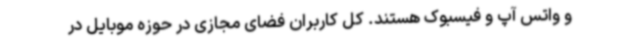
و واتس آپ و فیسبوک هستند. کل کاربران فضای مجازی در حوزه موبایل در